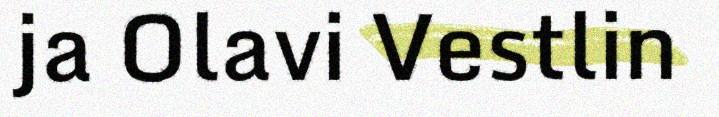
ja Olavi Vestlin